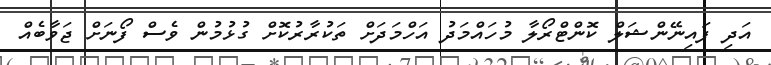
އަދި ފައިނޭންޝަލް ކޮންޓްރޯލާ މުހައްމަދު އަހްމަދަށް ތަކުރާރުކޮށް ގުޅުމުން ވެސް ފޯނަށް ޖަވާބެއް